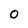
Character: O